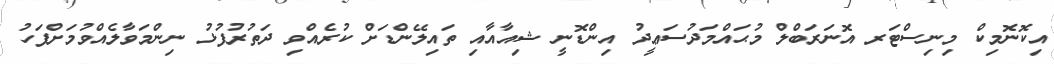
އިކޮނޮމިކް މިނިސްޓަރ އޮނަރަބްލް މުޙައްމަދުސަޢީދު އިންޑޮނީ ޝިއާއާއި ތައިލޭންޑަށް ކުރެއްވި ދަތުރުފުޅު ނިންމަވާލެއްވުމަށްފަހު